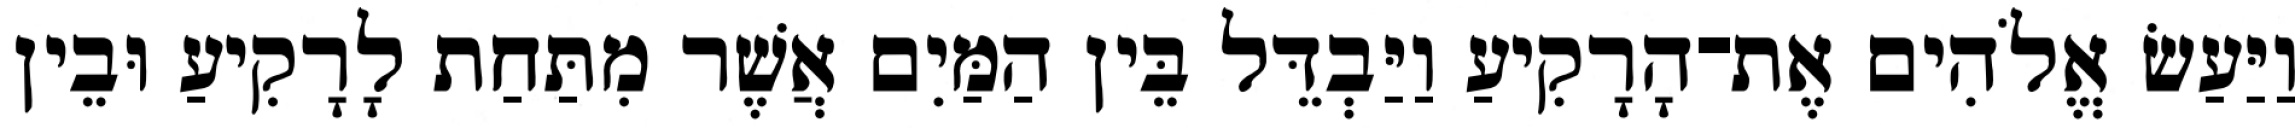
וַיַּעַשׂ אֱלֹהִים אֶת־הָרָקִיעַ וַיַּבְדֵּל בֵּין הַמַּיִם אֲשֶׁר מִתַּחַת לָרָקִיעַ וּבֵין